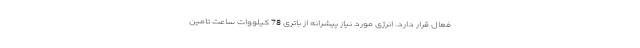
فعال قرار دارد. انرژی مورد نیاز پیشرانه از باتری 78 کیلووات ساعت تامین